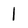
Character: 1